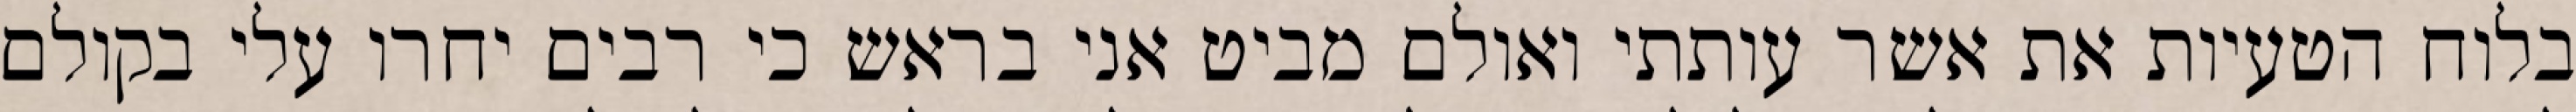
בלוח הטעיות את אשר עותתי ואולם מביט אני בראש כי רבים יחרו עלי בקולם